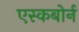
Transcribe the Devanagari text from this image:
एस्कबोर्न